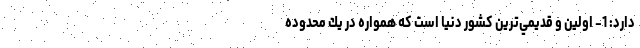
دارد: 1- اولين و قديمي‌ترين كشور دنيا است كه همواره در يك محدوده